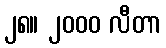
၂၈။ ၂၀၀၀ လီတာ